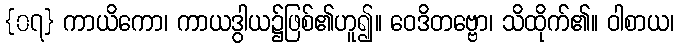
{၀၇} ကာယိကော၊ ကာယဒွါယ၌ဖြစ်၏ဟူ၍။ ဝေဒိတဗ္ဗော၊ သိထိုက်၏။ ဝါစာယ၊